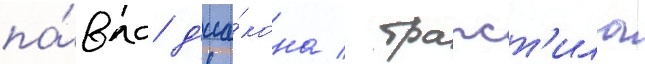
па́вла д'иа́кона / трапст'ила